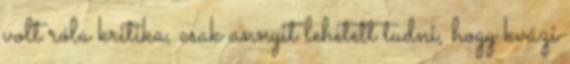
volt róla kritika, csak annyit lehetett tudni, hogy kvázi